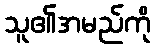
သူ၏အမည်ကို